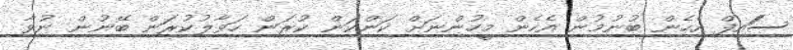
ސަައިފް އެހެން ބުނުމުން އެހެން މީހުންނަށް ކަންކަން ކުރަން ހަވާލުކުރަން ބޭނުން ނުވާ